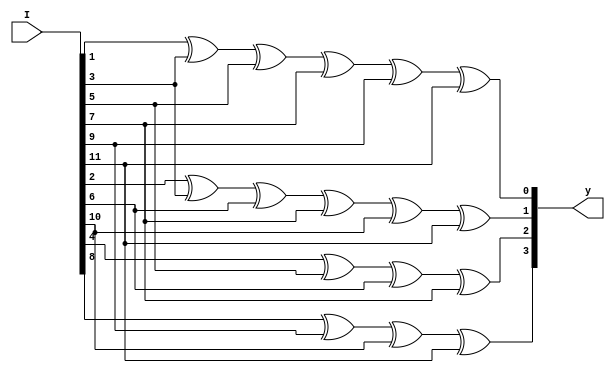
module hamming_code_2(I,y);
input [11:0]I;
output [3:0]y;
assign y[0]=I[1]^I[3]^I[5]^I[7]^I[9]^I[11];
assign y[1]=I[2]^I[3]^I[6]^I[7]^I[10]^I[11];
assign y[2]=I[4]^I[5]^I[6]^I[7];
assign y[3]=I[8]^I[9]^I[10]^I[11];
endmodule